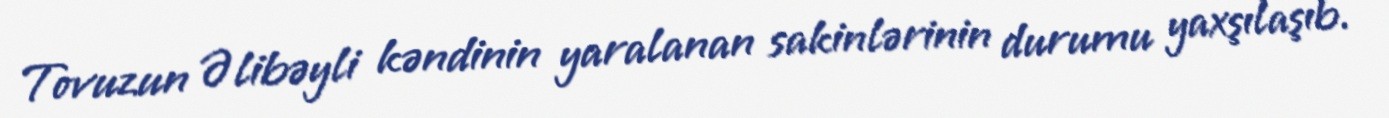
Tovuzun Əlibəyli kəndinin yaralanan sakinlərinin durumu yaxşılaşıb.